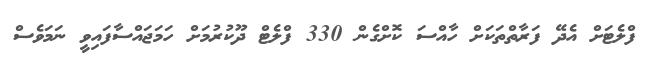
ފްލެޓަށް އެދޭ ފަރާތްތަކަށް ހާއްސަ ކޮށްގެން 330 ފްލެޓް ދޫކުރުމަށް ހަމަޖައްސާފައިވީ ނަމަވެސް